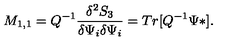
M _ { 1 , 1 } = Q ^ { - 1 } \frac { \delta ^ { 2 } S _ { 3 } } { \delta \Psi _ { i } \delta \Psi _ { i } } = T r [ Q ^ { - 1 } \Psi * ] .